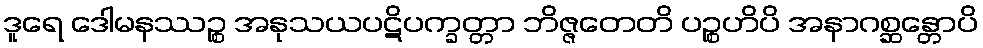
ဒူရေ ဒေါမနဿဉ္စ အနုသယပဋိပက္ခတ္တာ ဘိဇ္ဇတေတိ ပဉ္စဟိပိ အနာဂစ္ဆန္တောပိ